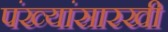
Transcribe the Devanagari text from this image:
पंख्यांसारखी